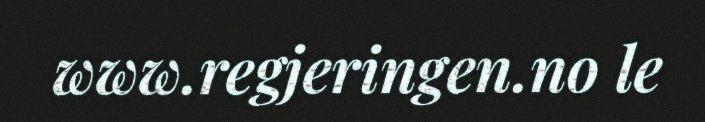
www.regjeringen.no le